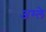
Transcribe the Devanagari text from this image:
अम्‍ले